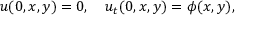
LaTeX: u ( 0 , x , y ) = 0 , \quad u _ { t } ( 0 , x , y ) = \phi ( x , y ) ,